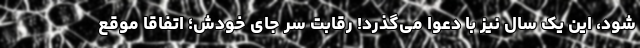
شود، این یک سال نیز با دعوا می‌گذرد! رقابت سر جای خودش؛ اتفاقا موقع